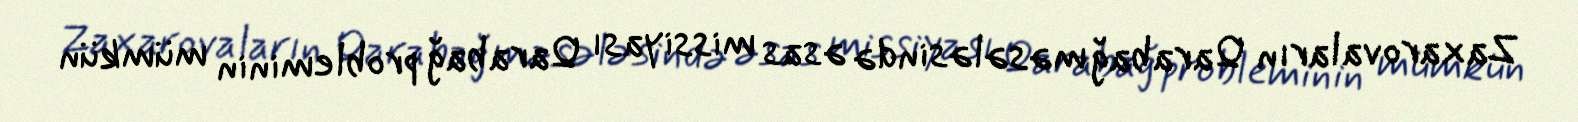
Zaxarovaların Qarabağ məsələsində əsas missiyası Qarabağ probleminin mümkün